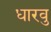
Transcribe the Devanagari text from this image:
धारवु